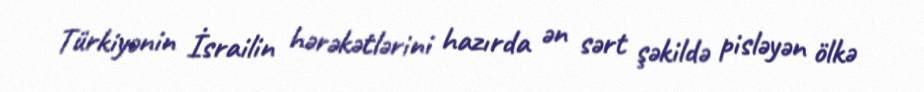
Türkiyənin İsrailin hərəkətlərini hazırda ən sərt şəkildə pisləyən ölkə